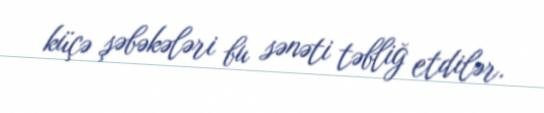
küçə şəbəkələri bu sənəti təbliğ etdilər.